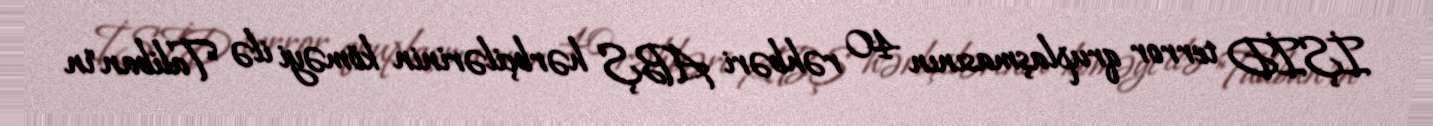
İŞİD terror qruplaşmasının 40 rəhbəri ABŞ hərbçilərinin köməyi ilə "Taliban"ın